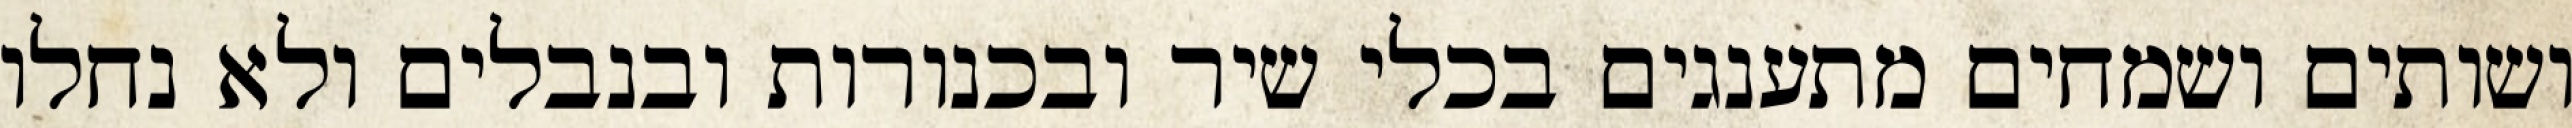
ושותים ושמחים מתענגים בכלי שיר ובכנורות ובנבלים ולא נחלו